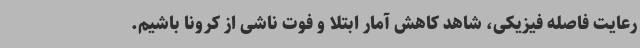
رعایت فاصله فیزیکی، شاهد کاهش آمار ابتلا و فوت ناشی از کرونا باشیم.